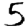
Digit: 5